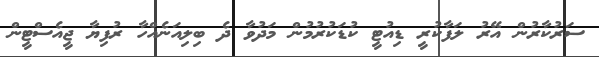
ސަރުކާރުން އޭރު ލަފާކުރީ ޑިއުޓީ ކުޑަކުރުމުން މަދުވާ ދެ ބިލިއަނެއްހާ ރުފިޔާ ޖީއެސްޓީން